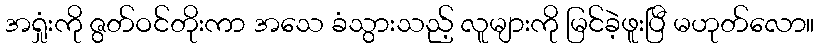
အရှုံးကို ဇွတ်ဝင်တိုးကာ အသေ ခံသွားသည့် လူများကို မြင်ခဲ့ဖူးပြီ မဟုတ်လော။